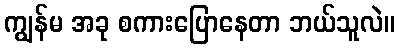
ကျွန်မ အခု စကားပြောနေတာ ဘယ်သူလဲ။